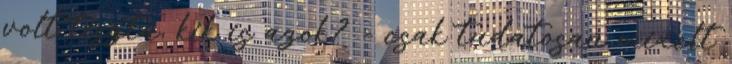
volt tiszta, kik is azok? - csak tudatosan mixelt